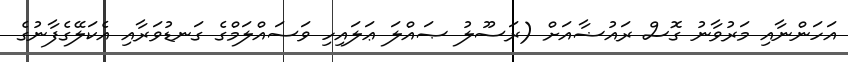
އަހަންނާއި މަރުވާނު ގޮސް ރައުޟާއަށް (ރަސޫލު ޞައްލަ ޢަލައިހި ވަސައްލަމްގެ ގަނޑުވަރާއި އެކަލޭގެފާނުގެ